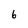
Character: 6